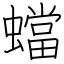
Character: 蟷